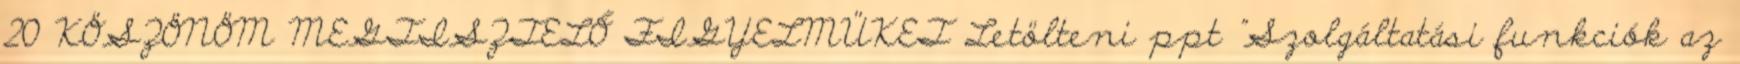
20 KÖSZÖNÖM MEGTISZTELŐ FIGYELMÜKET Letölteni ppt "Szolgáltatási funkciók az